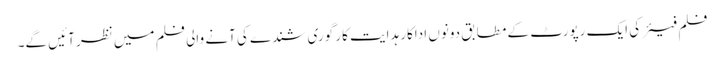
فلم فیئر کی ایک رپورٹ کے مطابق دونوں اداکار ہدایت کار گوری شندے کی آنے والی فلم میں نظر آئیں گے۔